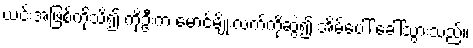
ယင်းအဖြစ်ကိုသိ၍ ကိုဦးက မောင်မျိုးလက်ကိုဆွဲ၍ အိမ်ပေါ် ခေါ်သွားသည်။